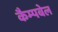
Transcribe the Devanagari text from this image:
कैम्‍पबेल